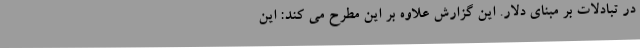
در تبادلات بر مبنای دلار. این گزارش علاوه بر این مطرح می کند: این